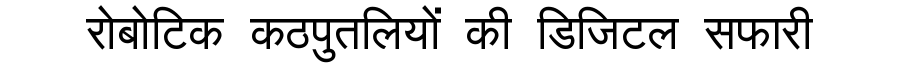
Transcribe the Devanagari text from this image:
रोबोटिक कठपुतलियों की डिजिटल सफारी